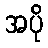
အပို